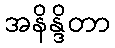
အနိန္ဒိတာ